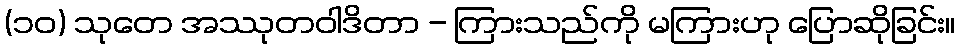
(၁၀) သုတေ အဿုတဝါဒိတာ - ကြားသည်ကို မကြားဟု ပြောဆိုခြင်း။